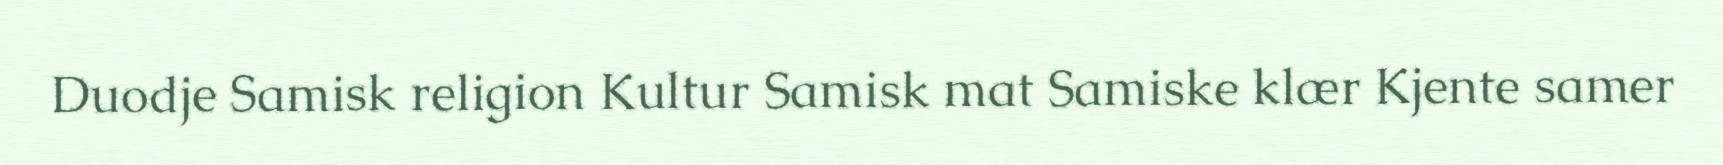
Duodje Samisk religion Kultur Samisk mat Samiske klær Kjente samer